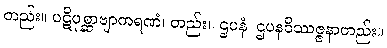
တည်း။ ပဋိပုစ္ဆာဗျာကရဏံ၊ တည်း။ ဌပနံ၊ ဌပနဝိဿဇ္ဇနာတည်း။